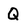
Character: Q